画像に写った文字を読んでください
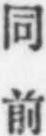
「同前」と書いてあります